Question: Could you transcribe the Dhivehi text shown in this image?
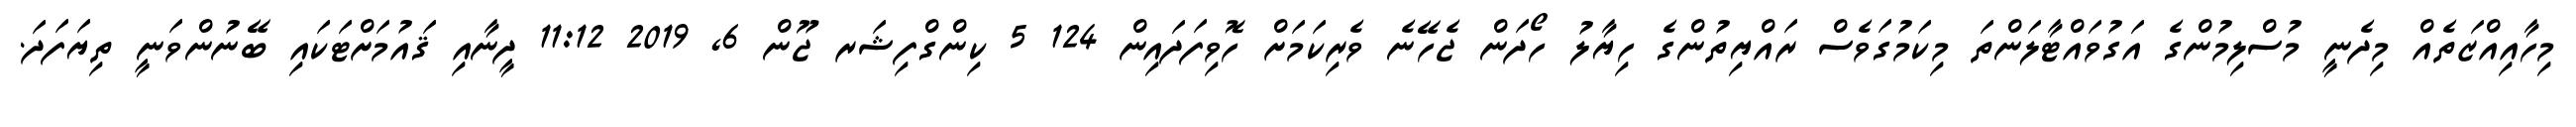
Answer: މިހާއިއްޒަތެއް މިދެނީ މުސްލިމުންގެ އަގުވައްޓާލަންތަ މިކަމުގަވެސް ރައްޔިތުންގެ ހިޔާލު ހޯދަން ޖެހޭނެ ވެރިކަމަށް ހޮވިފަދައިން 124 5 ކިންގްފިޝަރ ޖޫން 6, 2019 11:12 ދީނާއި ޤައުމަށްޓަކައި ބޭނުންވަނީ ތިޔަފަދަ.